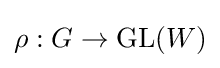
\rho :G\to {\text{GL}}(W)